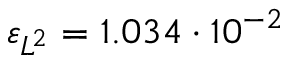
\varepsilon _ { L ^ { 2 } } = 1 . 0 3 4 \cdot 1 0 ^ { - 2 }